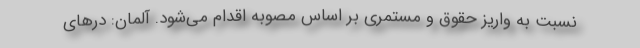
نسبت به واریز حقوق و مستمری بر اساس مصوبه اقدام می‌شود. آلمان: درهای